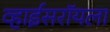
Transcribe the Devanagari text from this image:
व्हाईसरॉयला